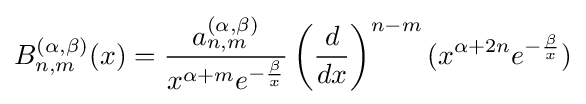
B_{n,m}^{(\alpha ,\beta )}(x)={\frac {a_{n,m}^{(\alpha ,\beta )}}{x^{\alpha +m}e^{-{\frac {\beta }{x}}}}}\left({\frac {d}{dx}}\right)^{n-m}(x^{\alpha +2n}e^{-{\frac {\beta }{x}}})